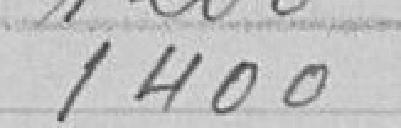
1400